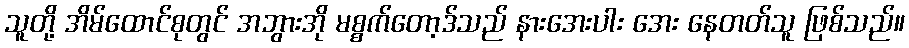
သူတို့ အိမ်ထောင်စုတွင် အဘွားအို မစ္စက်တော့ဒ်သည် နားအေးပါး အေး နေတတ်သူ ဖြစ်သည်။